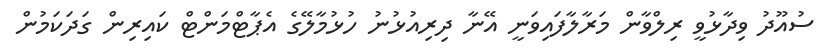
ސުއޫދު ވިދާޅުވީ ރިލްވާން މަރާލާފައިވަނީ އޭނާ ދިރިއުޅުނު ހުޅުމާލޭގެ އެޕާޓްމަންޓް ކައިރިން ގަދަކަމުން